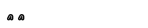
١٤